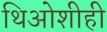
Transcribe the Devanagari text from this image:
थिओशीही